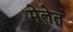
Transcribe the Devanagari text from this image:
मेलेत